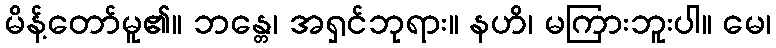
မိန့်တော်မူ၏။ ဘန္တေ၊ အရှင်ဘုရား။ နဟိ၊ မကြားဘူးပါ။ မေ၊